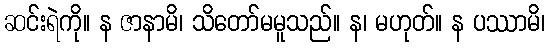
ဆင်းရဲကို။ န ဇာနာမိ၊ သိတော်မမူသည်။ န၊ မဟုတ်။ န ပဿာမိ၊